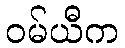
ဝမ်ယီက